Sketch of the medical history of the native army of Bombay, for the year
Year: 1872
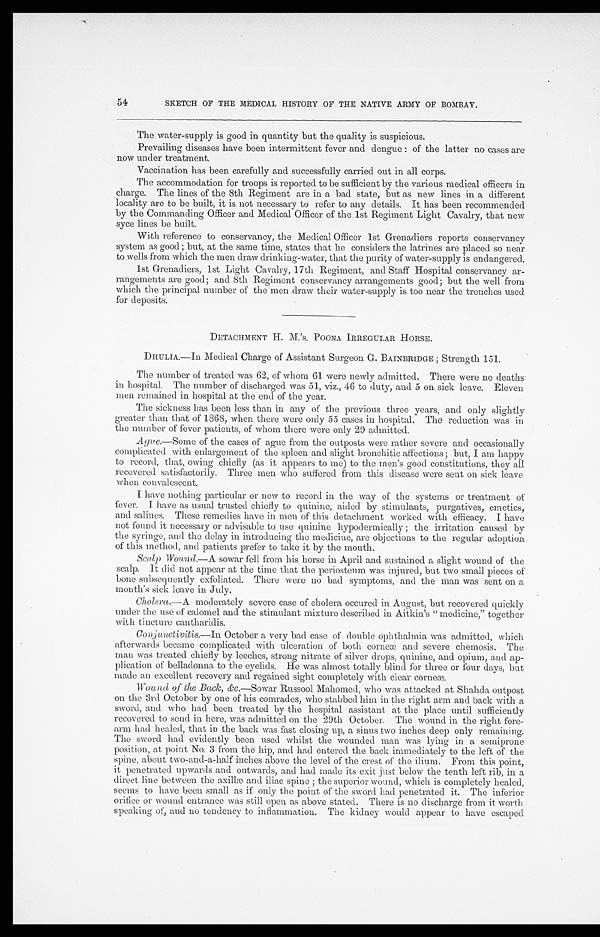
54
SKETCH OF THE MEDICAL HISTORY OF THE NATIVE ARMY OF BOMBAY.
The water-supply is good in quantity but the quality is suspicious.
Prevailing diseases have been intermittent fever and dengue: of the latter no cases are
now under treatment.
Vaccination has been carefully and successfully carried out in all corps.
The accommodation for troops is reported to be sufficient by the various medical officers in
charge. The lines of the 8th Regiment are in a bad state, but as new lines in a different
locality are to be built, it is not necessary to refer to any details. It has been recommended
by the Commanding Officer and Medical Officer of the 1st Regiment Light Cavalry, that new
syce lines be built.
With reference to conservancy, the Medical Officer 1st Grenadiers reports conservancy
system as good; but, at the same time, states that he considers the latrines are placed so near
to wells from which the men draw drinking-water, that the purity of water-supply is endangered.
1st Grenadiers, 1st Light Cavalry, 17th Regiment, and Staff Hospital conservancy ar-
rangements are good; and 8th Regiment conservancy arrangements good; but the well from
which the principal number of the men draw their water-supply is too near the trenches used
for deposits.
DETACHMENT H. M.’s. POONA IRREGULAR HORSE.
DHULIA.—In Medical Charge of Assistant Surgeon G. BAINBRIDGE; Strength 151.
The number of treated was 62, of whom 61 were newly admitted. There were no deaths
in hospital. The number of discharged was 51, viz., 46 to duty, and 5 on sick leave. Eleven
men remained in hospital at the end of the year.
The sickness has been less than in any of the previous three years, and only slightly
greater than that of 1868, when there were only 55 cases in hospital. The reduction was in
the number of fever patients, of whom there were only 29 admitted.
Ague.—Some of the cases of ague from the outposts were rather severe and occasionally
complicated with enlargement of the spleen and slight bronchitic affections; but, I am happy
to record, that, owing chiefly (as it appears to me) to the men's good constitutions, they all
recovered satisfactorily. Three men who suffered from this disease were sent on sick leave
when convalescent.
I have nothing particular or new to record in the way of the systems or treatment of
fever. I have as usual trusted chiefly to quinine, aided by stimulants, purgatives, emetics,
and salines. These remedies have in men of this detachment worked with efficacy. I have
not found it necessary or advisable to use quinine hypodermically; the irritation caused by
the syringe, and the delay in introducing the medicine, are objections to the regular adoption
of this method, and patients prefer to take it by the mouth.
Scalp Wound.—A sowar fell from his horse in April and sustained a slight wound of the
scalp. It did not appear at the time that the periosteum was injured, but two small pieces of
bone subsequently exfoliated. There were no bad symptoms, and the man was sent on a
month's sick leave in July.
Cholera .—A moderately severe case of cholera occured in August, but recovered quickly
under the use of calomel and the stimulant mixture described in Aitkin's " medicine," together
with tincture cantharidis.
Conjunctivitis
.—In October a very bad case of double ophthalmia was admitted, which
afterwards became complicated with ulceration of both corneæ and severe chemosis. The
man was treated chiefly by leeches, strong nitrate of silver drops, quinine, and opium, and ap-
plication of belladonna to the eyelids. He was almost totally blind for three or four days, but
made an excellent recovery and regained sight completely with clear corneæ.
Wound of the Back, &c .—Sowar Russool Mahomed, who was attacked at Shanda outpost
on the 3rd October by one of his comrades, who stabbed him in the right arm and back with a
sword, and who had been treated by the hospital assistant at the place until sufficiently
recovered to send in here, was admitted on the 29th October. The wound in the right fore-
arm had healed, that in the back was fast closing up, a sinus two inches deep only remaining.
The sword had evidently been used whilst the wounded man was lying in a semiprone
position, at point No. 3 from the hip, and had entered the back immediately to the left of the
spine, about two-and-a-half inches above the level of the crest of the ilium. From this point,
it penetrated upwards and outwards, and had made its exit just below the tenth left rib, in a
direct line between the axillæ and iliac spine; the superior wound, which is completely healed,
seems to have been small as if only the point of the sword had penetrated it. The inferior
orifice or wound entrance was still open as above stated. There is no discharge from it worth
speaking of, and no tendency to inflammation. The kidney would appear to have escaped